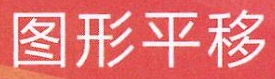
图形平移